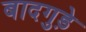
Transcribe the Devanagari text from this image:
बादगुड़े